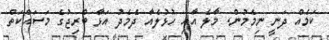
ކަމެއް ދަނީ ނިމެމުން